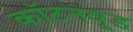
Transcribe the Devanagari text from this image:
कॉटनवूड